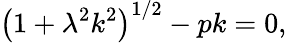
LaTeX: \left(1+\lambda^{2}k^{2}\right)^{1/2}-pk=0,